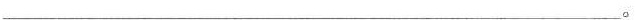
___ 。